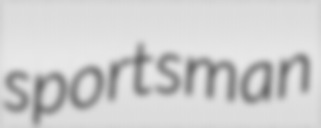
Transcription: sportsman